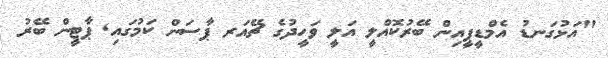
"އަޅުގަނޑު އެމްޑީޕީއިން ބޭރުކޮއްލީ އަލީ ވަހީދުގެ ޗޭއަރ ޕާސަން ކަމުގައި